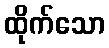
ထိုက်သော